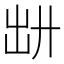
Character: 𪞷